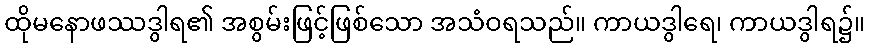
ထိုမနောဖဿဒွါရ၏ အစွမ်းဖြင့်ဖြစ်သော အသံဝရသည်။ ကာယဒွါရေ၊ ကာယဒွါရ၌။